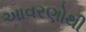
આવરણોથી